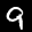
Label: 9